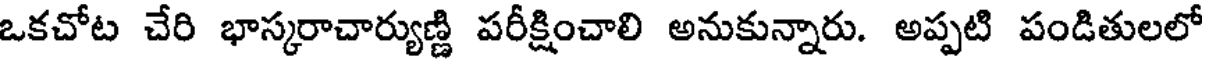
ఒకచోట చేరి భాస్కరాచార్యుణ్ణి పరీక్షించాలి అనుకున్నారు. అప్పటి పండితులలో